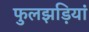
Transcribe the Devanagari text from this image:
फुलझड़ियां